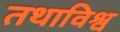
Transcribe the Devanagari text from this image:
तथाविश्व